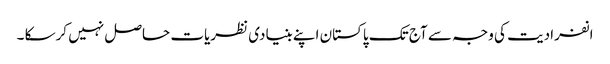
انفرادیت کی وجہ سے آج تک پاکستان اپنے بنیادی نظریات حاصل نہیں کرسکا ۔